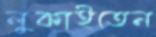
লুকাইতেন